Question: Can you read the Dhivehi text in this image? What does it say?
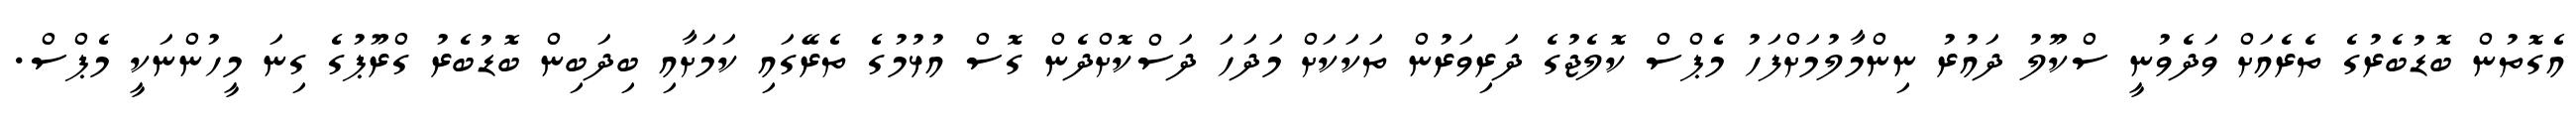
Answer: އެގޮތުން ބޮޑުބެރުގެ ތެރެއަށް ވަދެވުނީ ސްކޫލު ދައުރު ނިންމާލުމަށްފަހު މެޕްސް ކޮލެޖުގެ ދަރިވަރުން ތަކަކަށް މަދަހަ ދަސްކޮށްދެން ގޮސް އުޅުމުގެ ތެރޭގައި ކަމަށާއި ބިދަބިން ބޮޑުބެރު ގްރޫޕުގެ ގިނަ މީހުންނަކީ މެޕްސް.